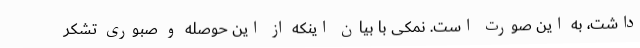
داشت، به این صورت است. نمکی با بیان اینکه از این حوصله و صبوری تشکر